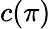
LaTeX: c(\pi)